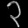
Digit: ၃